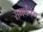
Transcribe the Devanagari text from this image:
समर्थनम